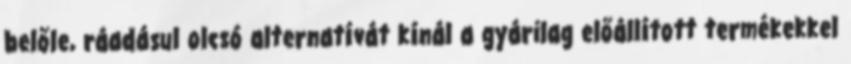
belőle, ráadásul olcsó alternatívát kínál a gyárilag előállított termékekkel